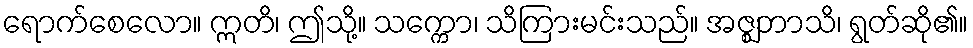
ရောက်စေလော။ ဣတိ၊ ဤသို့။ သက္ကော၊ သိကြားမင်းသည်။ အဇ္ဈဘာသိ၊ ရွတ်ဆို၏။